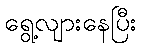
ရွေ့လျားနေပြီး